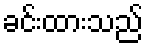
ခင်းထားသည်